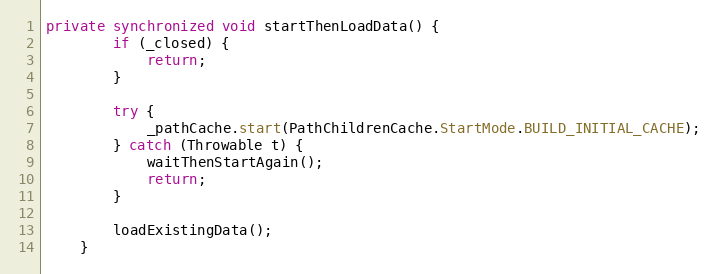
Language: Java
private synchronized void startThenLoadData() {
        if (_closed) {
            return;
        }

        try {
            _pathCache.start(PathChildrenCache.StartMode.BUILD_INITIAL_CACHE);
        } catch (Throwable t) {
            waitThenStartAgain();
            return;
        }

        loadExistingData();
    }